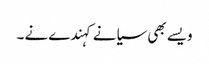
ویسے بھی سیانے کہندے نے ۔